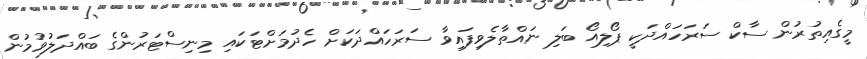
މީގެއިތުރުން ސާކް ސަރަހައްދަކީ ޕޯލިއޯ ބަލި ނައްތާލެވިފައިވާ ސަރަހައްދަކަށް ހެދުމަށްޓަކައި މިނިސްޓަރުންގެ ބައްދަލުވުމުން